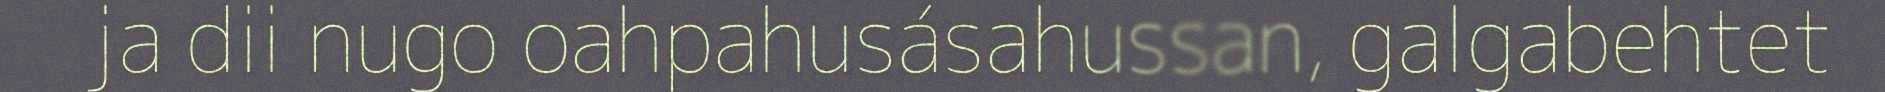
ja dii nugo oahpahusásahussan, galgabehtet